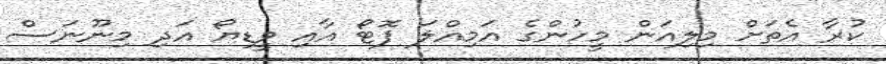
ކުރާ އެތަށް މިލިއަން މީހުންގެ އަމިއްލަ ފޮޓޯ އާއި ވީޑިޔޯ އަދި މިނޫނަސް